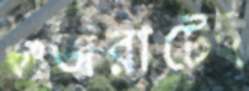
গুজরাটেই